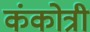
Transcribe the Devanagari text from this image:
कंकोत्री